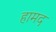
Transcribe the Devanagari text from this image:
हामद